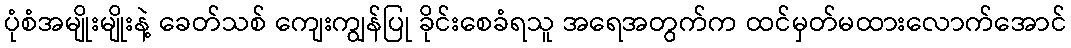
ပုံစံအမျိုးမျိုးနဲ့ ခေတ်သစ် ကျေးကျွန်ပြု ခိုင်းစေခံရသူ အရေအတွက်က ထင်မှတ်မထားလောက်အောင်